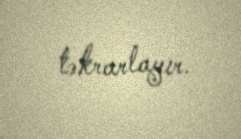
təkrarlayır.